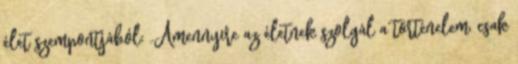
élet szempontjából: „Amennyire az életnek szolgál a történelem, csak